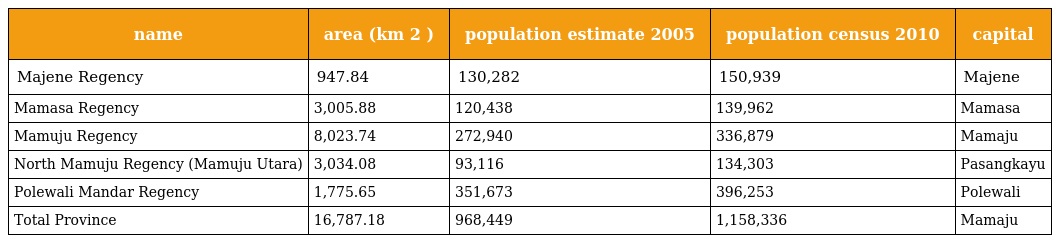
| name | area (km 2 ) | population estimate 2005 | population census 2010 | capital |
 | --- | --- | --- | --- | --- |
 | Majene Regency | 947.84 | 130,282 | 150,939 | Majene |
 | Mamasa Regency | 3,005.88 | 120,438 | 139,962 | Mamasa |
 | Mamuju Regency | 8,023.74 | 272,940 | 336,879 | Mamaju |
 | North Mamuju Regency (Mamuju Utara) | 3,034.08 | 93,116 | 134,303 | Pasangkayu |
 | Polewali Mandar Regency | 1,775.65 | 351,673 | 396,253 | Polewali |
 | Total Province | 16,787.18 | 968,449 | 1,158,336 | Mamaju |